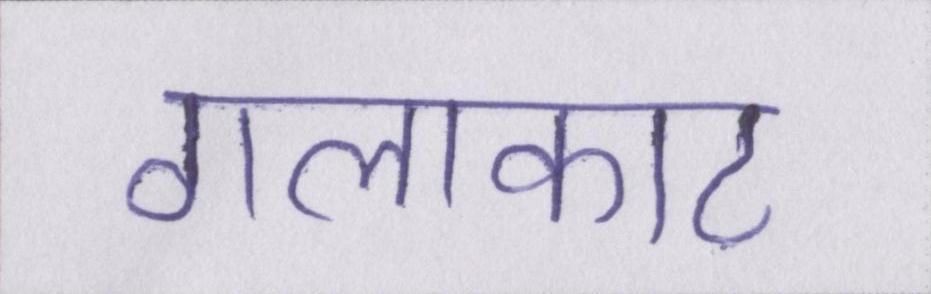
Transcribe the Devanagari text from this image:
गलाकाट